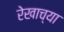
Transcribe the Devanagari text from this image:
रेखाच्या